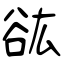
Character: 谹